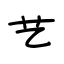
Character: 艺